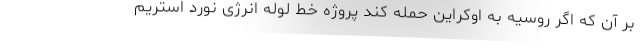
بر آن که اگر روسیه به اوکراین حمله کند پروژه خط لوله انرژی نورد استریم